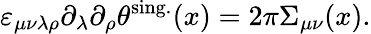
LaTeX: \varepsilon_{\mu\nu\lambda\rho}\partial_{\lambda}\partial_{\rho}\theta^{\mathrm{sing.}}(x)=2\pi\Sigma_{\mu\nu}(x).